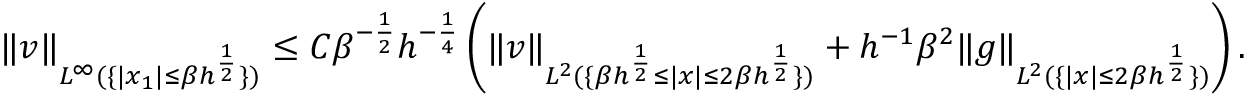
\| v \| _ { L ^ { \infty } ( \{ | x _ { 1 } | \leq \beta h ^ { \frac { 1 } { 2 } } \} ) } \leq C \beta ^ { - \frac { 1 } { 2 } } h ^ { - \frac { 1 } { 4 } } \left( \| v \| _ { L ^ { 2 } ( \{ \beta h ^ { \frac { 1 } { 2 } } \leq | x | \leq 2 \beta h ^ { \frac { 1 } { 2 } } \} ) } + h ^ { - 1 } \beta ^ { 2 } \| g \| _ { L ^ { 2 } ( \{ | x | \leq 2 \beta h ^ { \frac { 1 } { 2 } } \} ) } \right) .